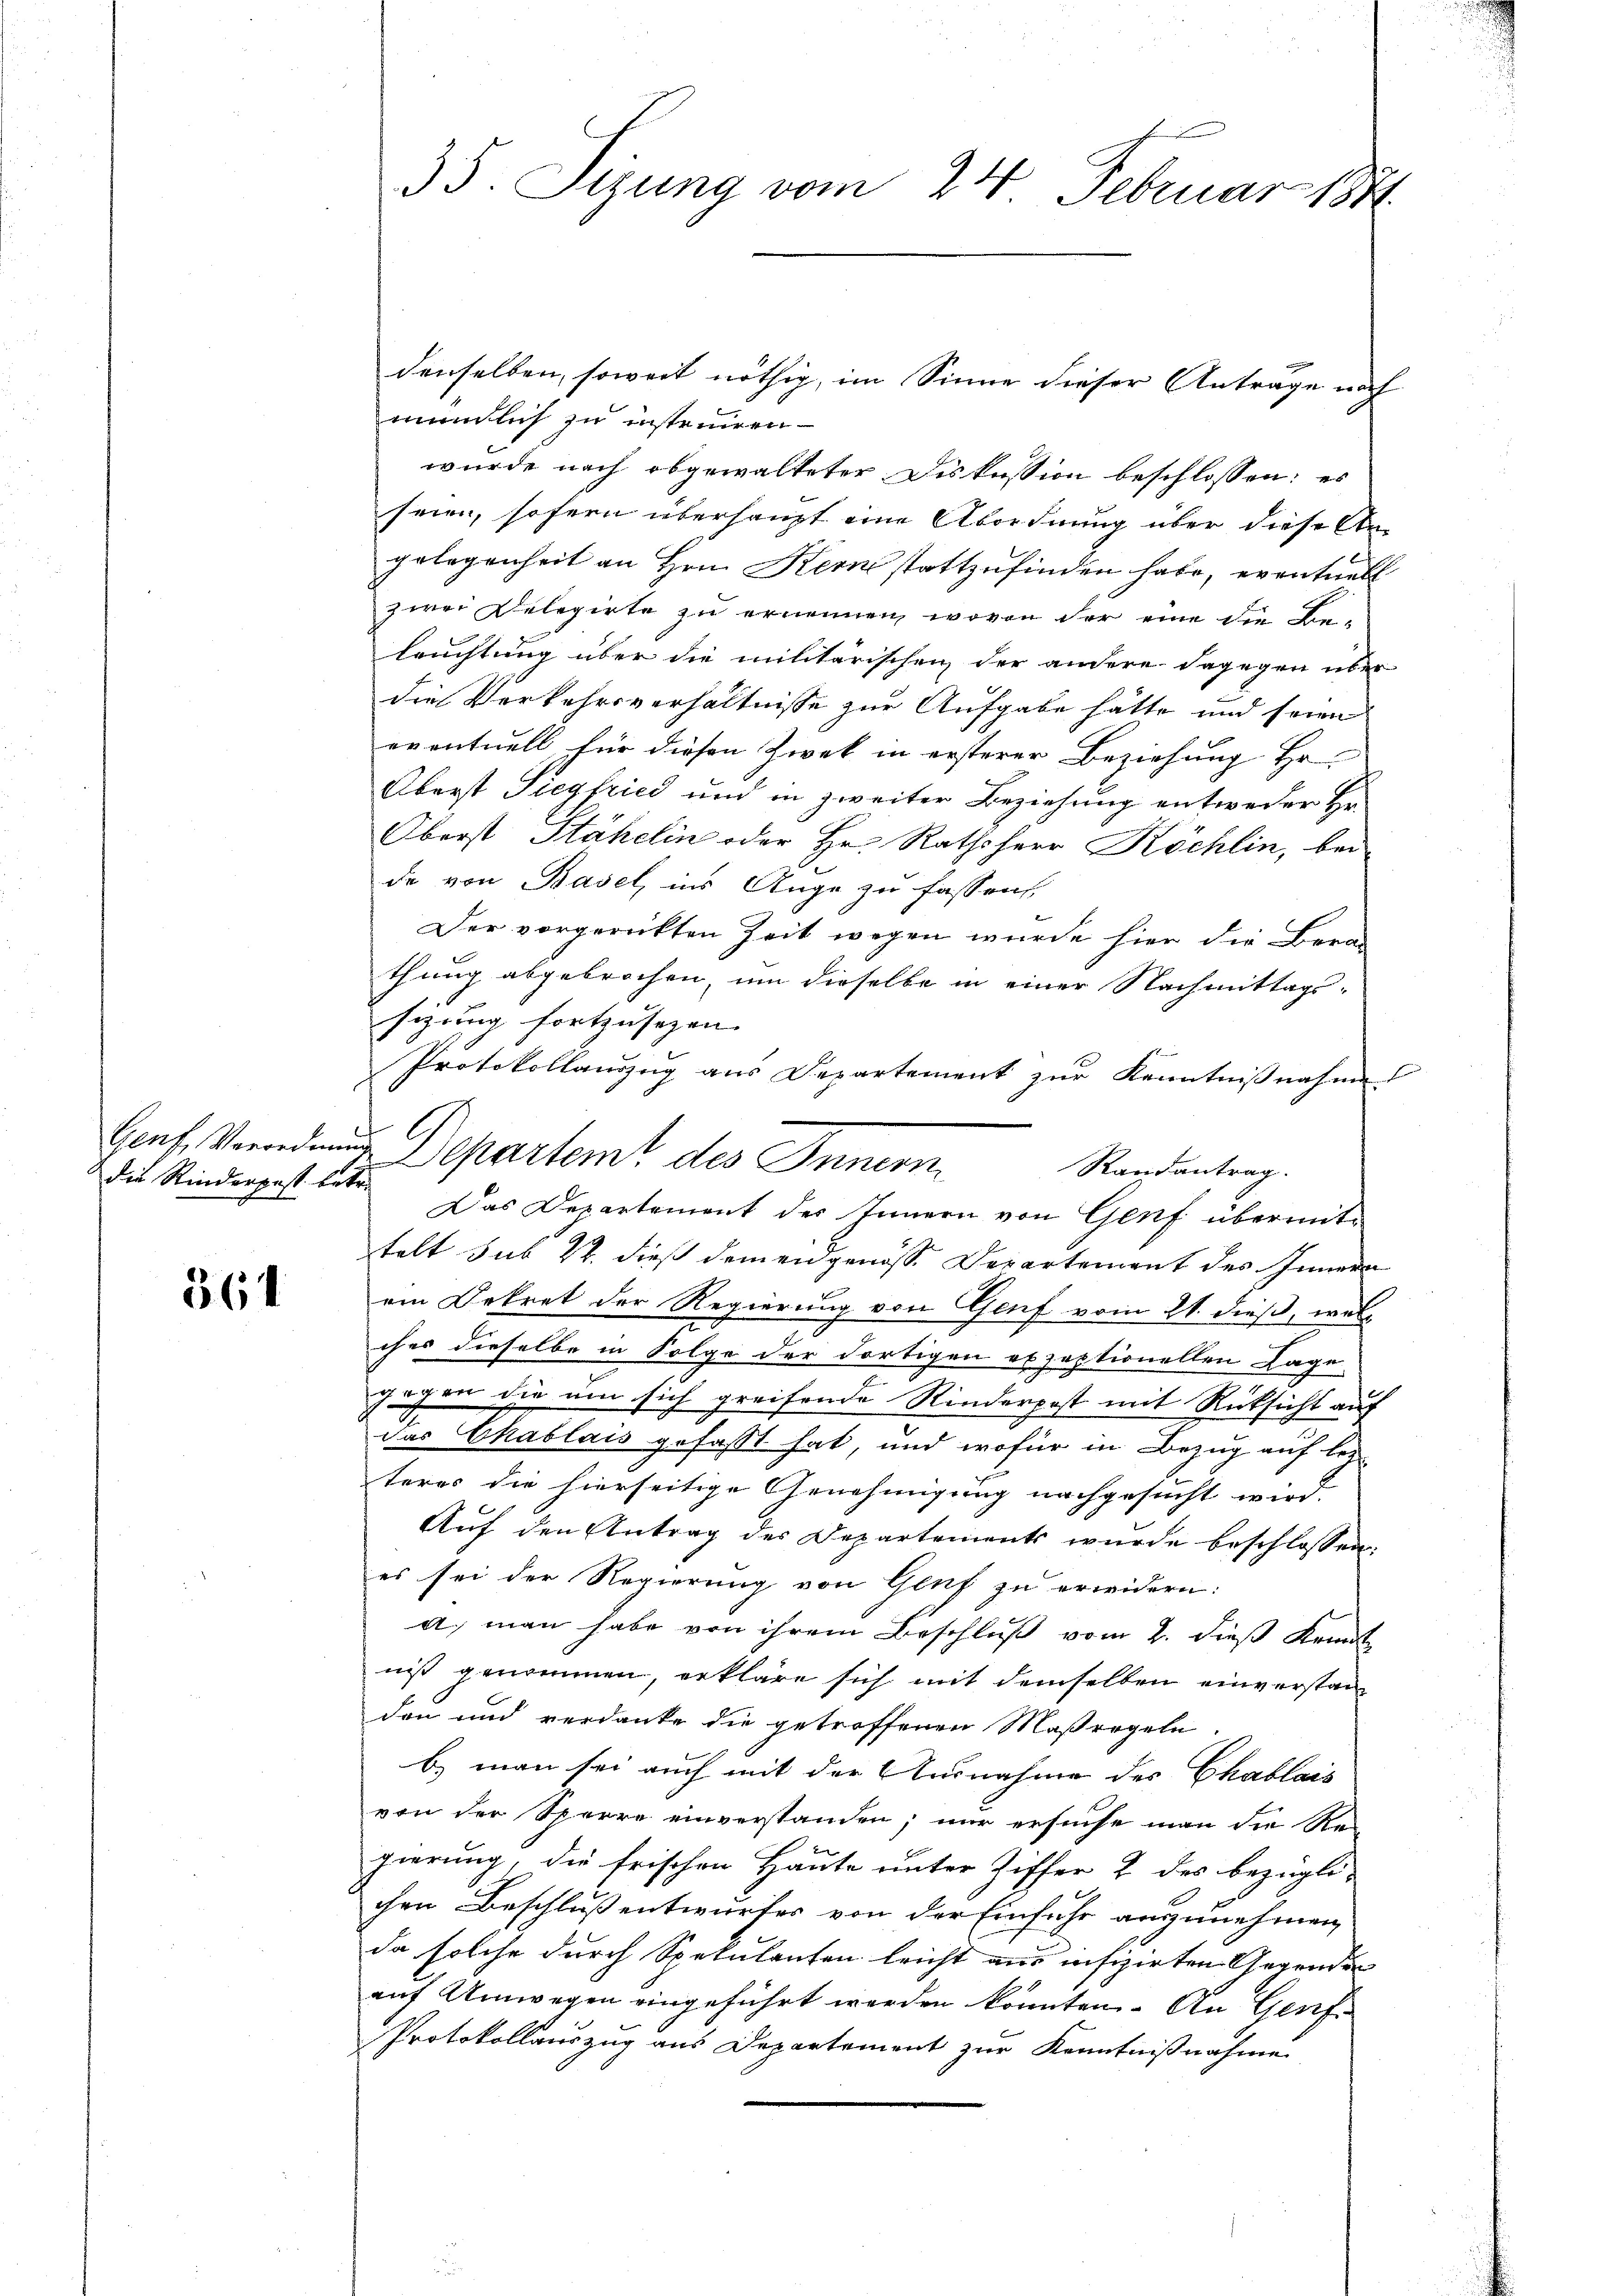
die Rinderpost. betre

361

35. Sizung vom 24. Februar 1846

mündlich zu insteinen
wurde nach abgewalteter Diskussion beschlossen: es
seien, sofern überhaupt eine Abordnung über diese An-
gelegenheit an Hrn. Kern stattzufinden habe, eventuell
zwei Delegirte zu ernennen, wovon der eine die Beleuchtung über die militärischen der andere dagegen über
die Verkehrsverhältnisse zur Aufgabe hätte und seien
eventuell für diesen Zwek in ersterer Beziehung Hr
Oberst Siegfried und in zweiter Beziehung entweder Hr.
Oberst Stähelin oder Hr. Rathsherr Köchlin, bei-
de von Basel, ins Auge zu fassen,
Der vorgerückten Zeit wegen wurde hier die Bera
thung abgebrochen, um dieselbe in einer Nachmittags-
sigung fortzusehen. |
Protokollauszug aus Departement zur Kenntnißnahme
Das Departement des Innern von Genf übermittelt sub 22. dieß demen genösse Departement des Innern
ein Dekret der Regierung von Genf vom 21. dieß, welc
ches dieselbe in Folge der dortigen exzeptionellen Lage
zöchen die um sich greifende Rinderpost mit Rücksicht auf
das Chablais gefaßt hat, und wofür in Bezug auf lezteres die hierseitige Genehmigung nachgesucht wird.
Aŭf den Antrag der Departements wurde beschlossen:
es sei der Regierung von Genf zu erwidern:
a, man habe von ihrem Beschluß vom 2. dieß Kennt
niß genommen, erkläre sich mit demselben einverstanden und verdanke die getroffenen Maßregeln
b man sei auch mit der Ausnahme des Chablais
von der Sperre einverstanden; nur ersuche man die Re
gierung, die frischen Haute unter Ziffer 2 des bezügli-
chen Beschluß entwurfes von der Einfuhr auszunehmen,
da solche durch Spekulanten leicht aus infizirten Gegenden
auf Umwegen eingeführt werden konnten. An Genf.
Protokollauszug aus Departement zur Kenntnißnahme

denselben, soweit nöthig, im Sinne dieser Antrage noch

A
Genf, Verordnung Departem des Innern
Randantrag.